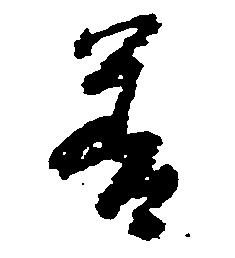
善